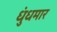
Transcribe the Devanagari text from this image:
धुंधमार